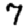
Digit: 7